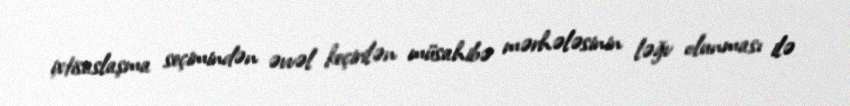
ixtisaslaşma seçimindən əvvəl keçirilən müsahibə mərhələsinin ləğv olunması ilə